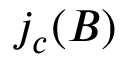
j _ { c } ( B )